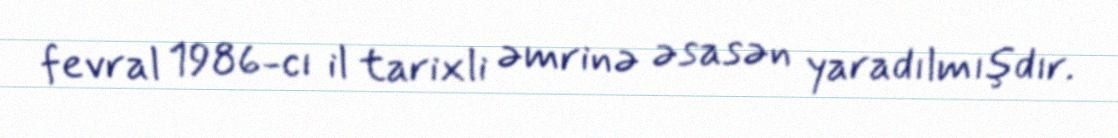
fevral 1986-cı il tarixli əmrinə əsasən yaradılmışdır.